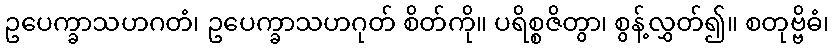
ဥပေက္ခာသဟဂတံ၊ ဥပေက္ခာသဟဂုတ် စိတ်ကို။ ပရိစ္စဇိတွာ၊ စွန့်လွှတ်၍။ စတုဗ္ဗိဓံ၊